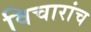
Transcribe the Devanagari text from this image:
विचारांच